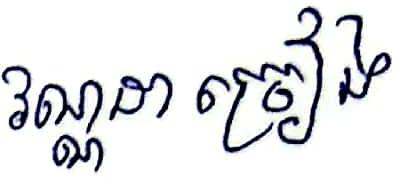
វណ្ណដា ច្រៀង